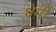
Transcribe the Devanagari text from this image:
थेर्मी